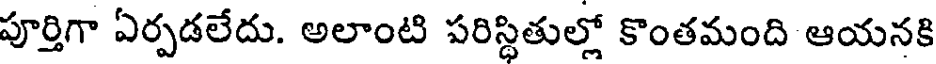
పూర్తిగా ఏర్పడలేదు. అలాంటి పరిస్థితుల్లో కొంతమంది ఆయనక